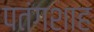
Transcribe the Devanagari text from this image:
पतंगशाह